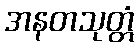
အနတသုတ္တံ